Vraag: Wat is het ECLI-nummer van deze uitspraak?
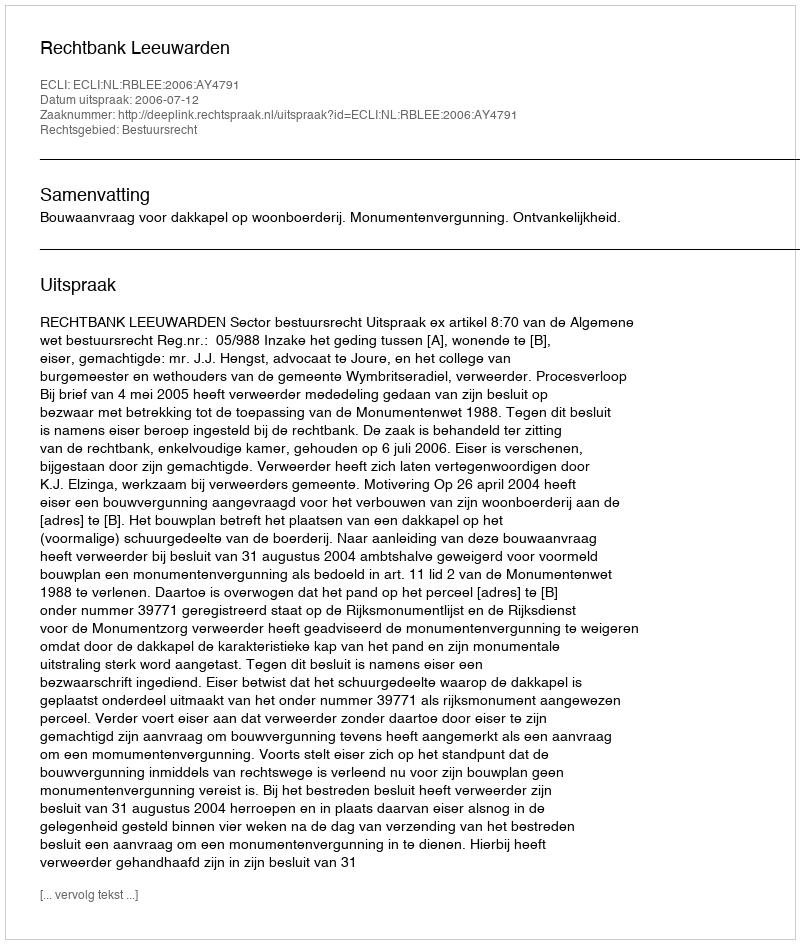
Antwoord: ECLI:NL:RBLEE:2006:AY4791